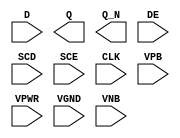
module sky130_fd_sc_ls__sedfxbp (
    //# {{data|Data Signals}}
    input  D   ,
    output Q   ,
    output Q_N ,

    //# {{control|Control Signals}}
    input  DE  ,

    //# {{scanchain|Scan Chain}}
    input  SCD ,
    input  SCE ,

    //# {{clocks|Clocking}}
    input  CLK ,

    //# {{power|Power}}
    input  VPB ,
    input  VPWR,
    input  VGND,
    input  VNB
);
endmodule